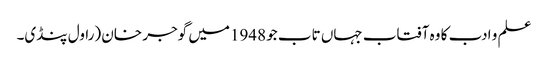
علم و ادب کا وہ آفتاب جہاں تاب جو 1948میں گوجر خان (راول پنڈی۔